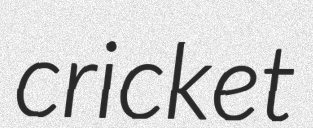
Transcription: cricket